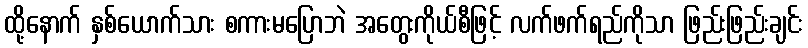
ထို့နောက် နှစ်ယောက်သား စကားမပြောဘဲ အတွေးကိုယ်စီဖြင့် လက်ဖက်ရည်ကိုသာ ဖြည်းဖြည်းချင်း